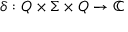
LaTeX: \delta : Q \times \Sigma \times Q \to \mathbb { C }